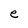
Character: e